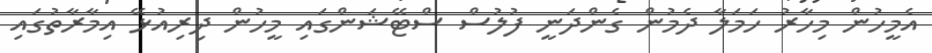
އެމީހުން މިހާރު ހަމަލާ ދެމުން ގެންދަނީ ފުލުސް ސްޓޭޝަންގައި މީހުން ދިރިއުޅޭ އިމާރާތުގައި